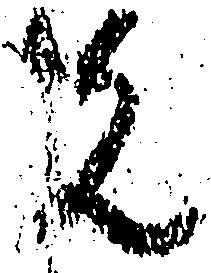
先